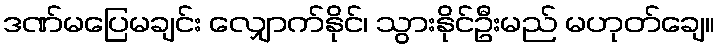
ဒဏ်မပြေမချင်း လျှောက်နိုင်၊ သွားနိုင်ဦးမည် မဟုတ်ချေ။